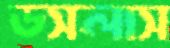
ডসলাস